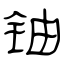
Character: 铀